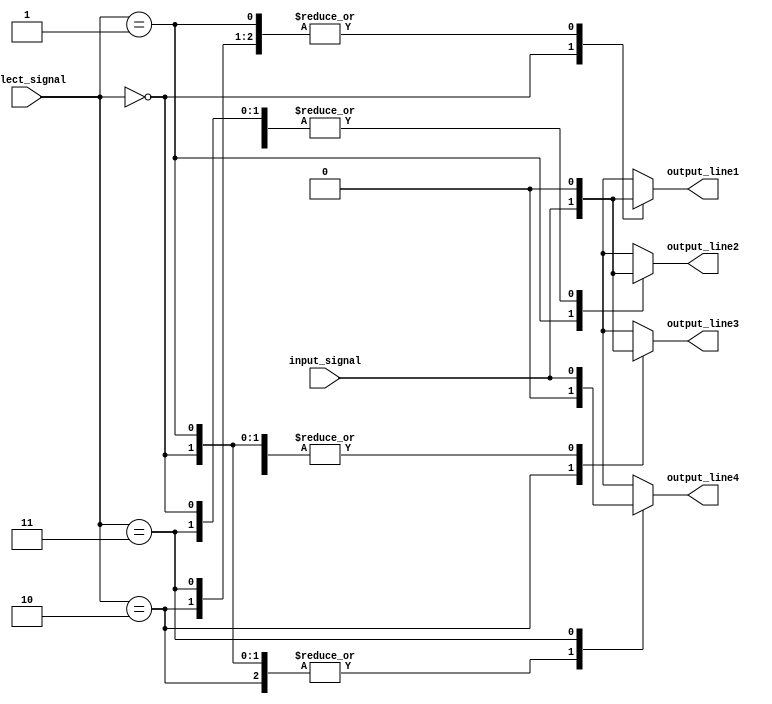
module demux(
    input wire input_signal,
    input wire [1:0] select_signal,
    output reg output_line1,
    output reg output_line2,
    output reg output_line3,
    output reg output_line4
);

always @(*) begin
    case (select_signal)
        2'b00: begin
            output_line1 = input_signal;
            output_line2 = 1'b0;
            output_line3 = 1'b0;
            output_line4 = 1'b0;
        end
        2'b01: begin
            output_line1 = 1'b0;
            output_line2 = input_signal;
            output_line3 = 1'b0;
            output_line4 = 1'b0;
        end
        2'b10: begin
            output_line1 = 1'b0;
            output_line2 = 1'b0;
            output_line3 = input_signal;
            output_line4 = 1'b0;
        end
        2'b11: begin
            output_line1 = 1'b0;
            output_line2 = 1'b0;
            output_line3 = 1'b0;
            output_line4 = input_signal;
        end
    endcase
end

endmodule